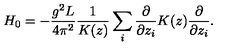
H _ { 0 } = - \frac { g ^ { 2 } L } { 4 \pi ^ { 2 } } \frac { 1 } { K ( z ) } \sum _ { i } \frac { \partial } { \partial z _ { i } } K ( z ) \frac { \partial } { \partial z _ { i } } .